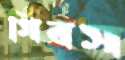
গিবস